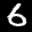
Label: 6